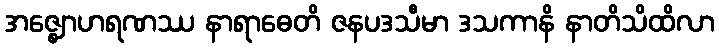
အဇ္ဈောဟရဏဿ နာရာဓေတိ ဇနပဒသီမာ ဒသကာနိ နာတိသိထိလာ